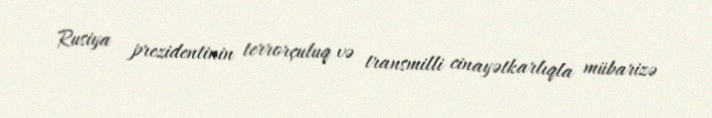
Rusiya prezidentinin terrorçuluq və transmilli cinayətkarlıqla mübarizə